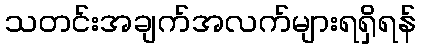
သတင်းအချက်အလက်များရရှိရန်